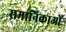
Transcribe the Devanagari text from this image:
समानिकाओं